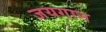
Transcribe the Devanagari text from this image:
जयगान